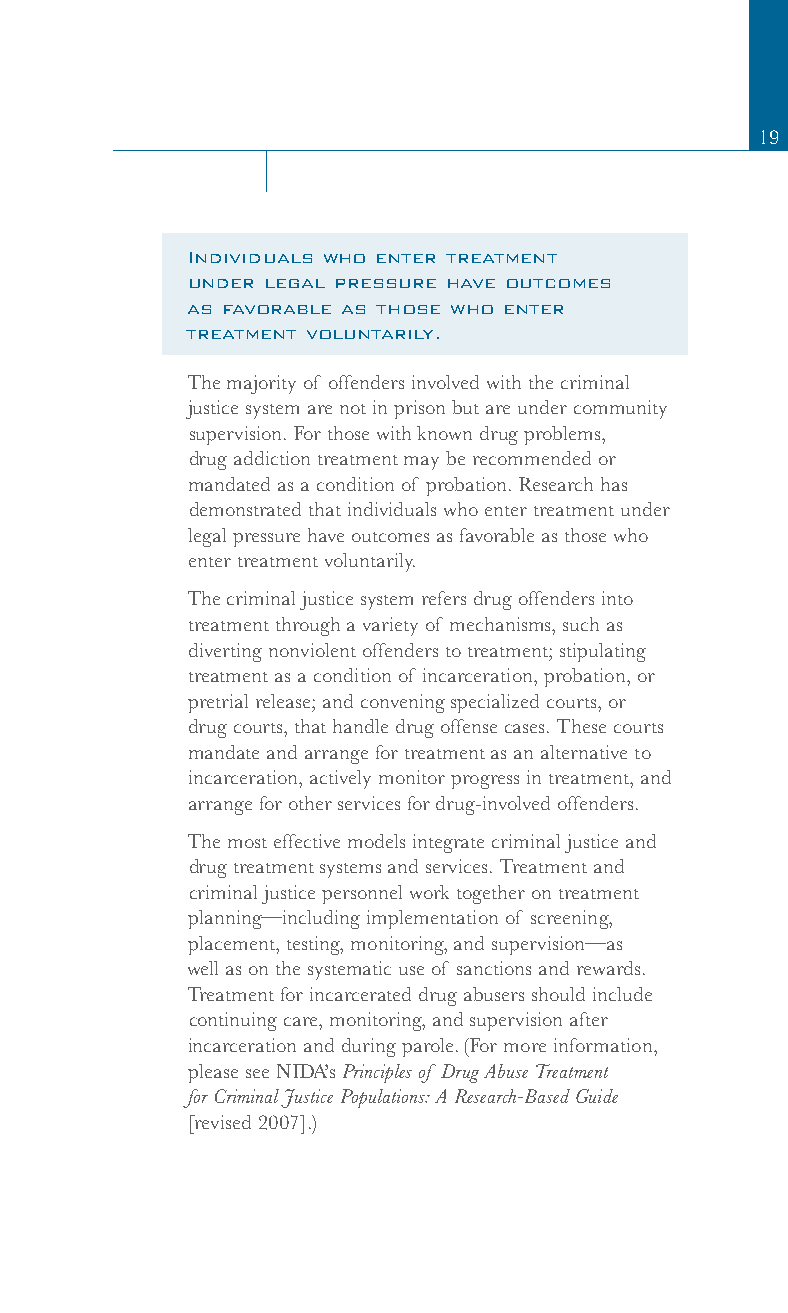
19
 Individuals who enter treatment
 under legal pressure have outcomes
 as favorable as those who enter
 treatment voluntarily.
 The majority of offenders involved with the criminal
 justice system are not in prison but are under community
 supervision. For those with known drug problems,
 drug addiction treatment may be recommended or
 mandated as a condition of probation. Research has
 demonstrated that individuals who enter treatment under
 legal pressure have outcomes as favorable as those who
 enter treatment voluntarily.
 The criminal justice system refers drug offenders into
 treatment through a variety of mechanisms, such as
 diverting nonviolent offenders to treatment; stipulating
 treatment as a condition of incarceration, probation, or
 pretrial release; and convening specialized courts, or
 drug courts, that handle drug offense cases. These courts
 mandate and arrange for treatment as an alternative to
 incarceration, actively monitor progress in treatment, and
 arrange for other services for drug-involved offenders.
 The most effective models integrate criminal justice and
 drug treatment systems and services. Treatment and
 criminal justice personnel work together on treatment
 planning—including implementation of screening,
 placement, testing, monitoring, and supervision—as
 well as on the systematic use of sanctions and rewards.
 Treatment for incarcerated drug abusers should include
 continuing care, monitoring, and supervision after
 incarceration and during parole. (For more information,
 please see NIDA’s Principles of Drug Abuse Treatment
 for Criminal Justice Populations: A Research-Based Guide
 [revised 2007].)